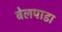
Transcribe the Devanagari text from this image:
बेलपाडा